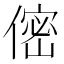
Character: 㑻